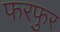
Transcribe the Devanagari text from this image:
फरफुर